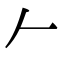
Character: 𠂉